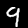
Digit: 9